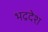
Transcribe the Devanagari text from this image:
भद्रदेश